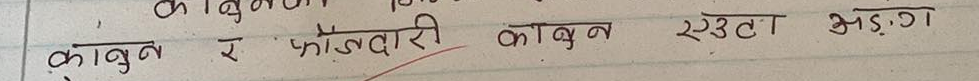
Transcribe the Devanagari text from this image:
काबुल
काबुल र फौजदारी काबुल एउटा अङ्ग